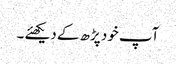
آپ خود پڑھ کے دیکھئے ۔